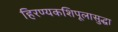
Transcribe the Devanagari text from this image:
हिरण्यकशिपूलासुद्धा